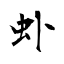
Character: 虲